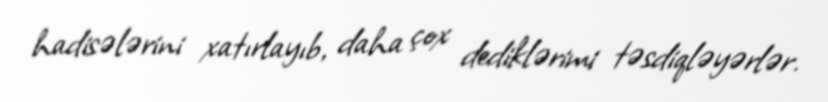
hadisələrini xatırlayıb, daha çox dediklərimi təsdiqləyərlər.